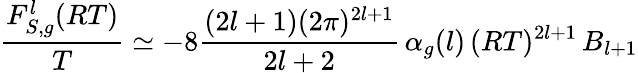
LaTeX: \frac{F_{S,g}^{l}(RT)}{T}\simeq-8\frac{(2l+1)(2\pi)^{2l+1}}{2l+2}\, \alpha_{g}(l)\, (RT)^{2l+1}\, B_{l+1}